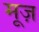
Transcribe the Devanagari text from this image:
मूज़